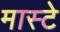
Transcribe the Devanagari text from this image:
मास्टे